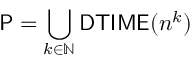
{ \mathsf { P } } = \bigcup _ { k \in \mathbb { N } } { \mathsf { D T I M E } } ( n ^ { k } )